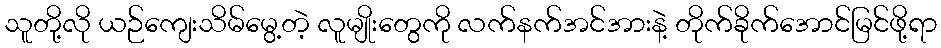
သူတို့လို ယဉ်ကျေးသိမ်မွေ့တဲ့ လူမျိုးတွေကို လက်နက်အင်အားနဲ့ တိုက်ခိုက်အောင်မြင်ဖို့ရာ